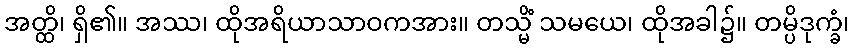
အတ္ထိ၊ ရှိ၏။ အဿ၊ ထိုအရိယာသာဝကအား။ တသ္မိံ သမယေ၊ ထိုအခါ၌။ တမ္ပိဒုက္ခံ၊